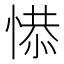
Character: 𢞺